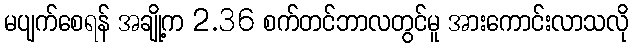
မပျက်စေရန် အချို့က 2.36 စက်တင်ဘာလတွင်မူ အားကောင်းလာသလို